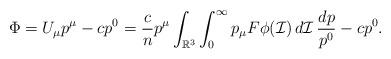
LaTeX: \begin{align*}\Phi=U_\mu p^\mu-cp^0=\frac{c}{n}p^\mu\int_{\mathbb{R}^3}\int_0^\infty p_\mu F\phi(\mathcal{I}) \,d\mathcal{I}\,\frac{dp}{p^0} -cp^0.\end{align*}